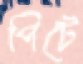
পিটে